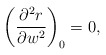
\begin{align*} \left(\frac{\partial^2r}{\partial w^2}\right)_0=0,\end{align*}